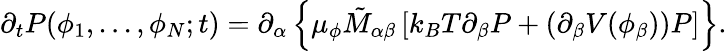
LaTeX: \partial_{t}P(\phi_{1},...,\phi_{N};t)=\partial_{\alpha}\left\{ \mu_{\phi}\tilde{M}_{\alpha\beta}\left[k_{B}T\partial_{\beta}P+(\partial_{\beta}V(\phi_{\beta}))P\right]\right\} .